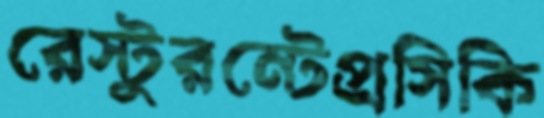
রেস্টুরন্টেপ্রসিকি